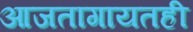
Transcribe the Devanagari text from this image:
आजतागायतही